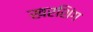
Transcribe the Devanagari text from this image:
खरशिंग